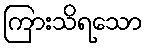
ကြားသိရသော